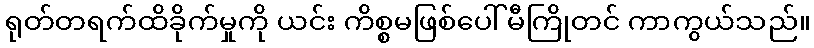
ရုတ်တရက်ထိခိုက်မှုကို ယင်း ကိစ္စမဖြစ်ပေါ်မီကြိုတင် ကာကွယ်သည်။